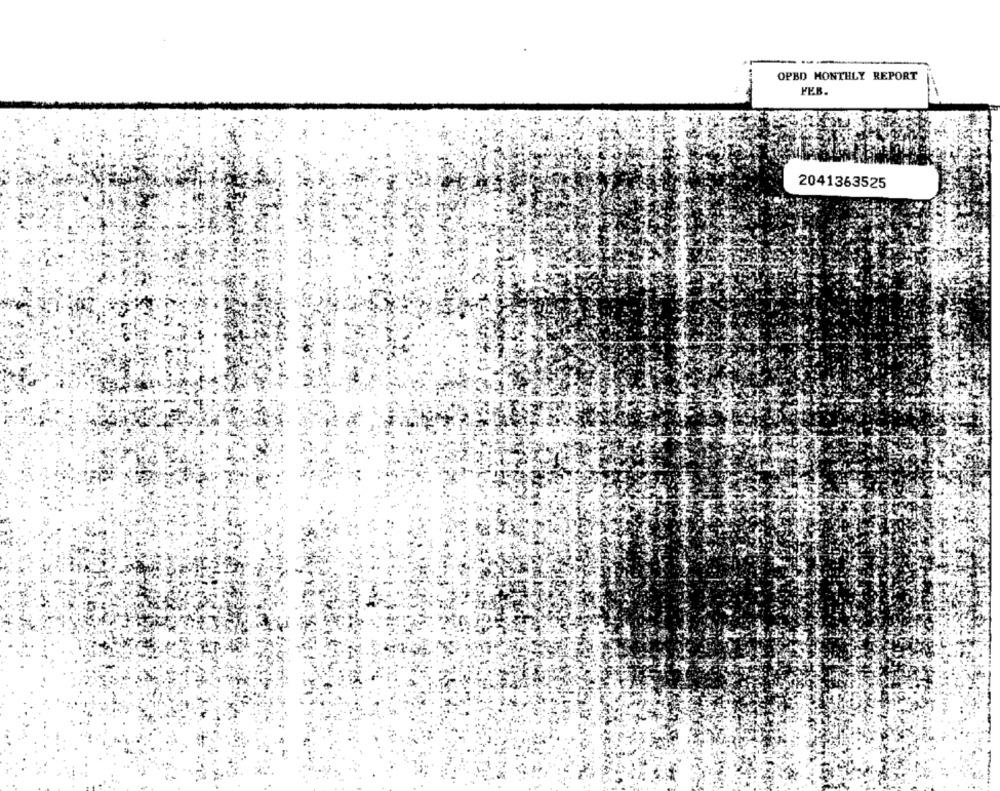
OPBD MONTHLY REPORT
FEB.
2041363525